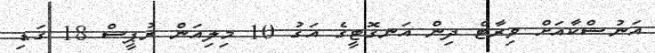
އަނުޝްކާއަށް ވިރާޓް ދިން އަނގޮޓީގެ އަގު 10 މިލިއަން ރުޕީސް 18 ގަޑި